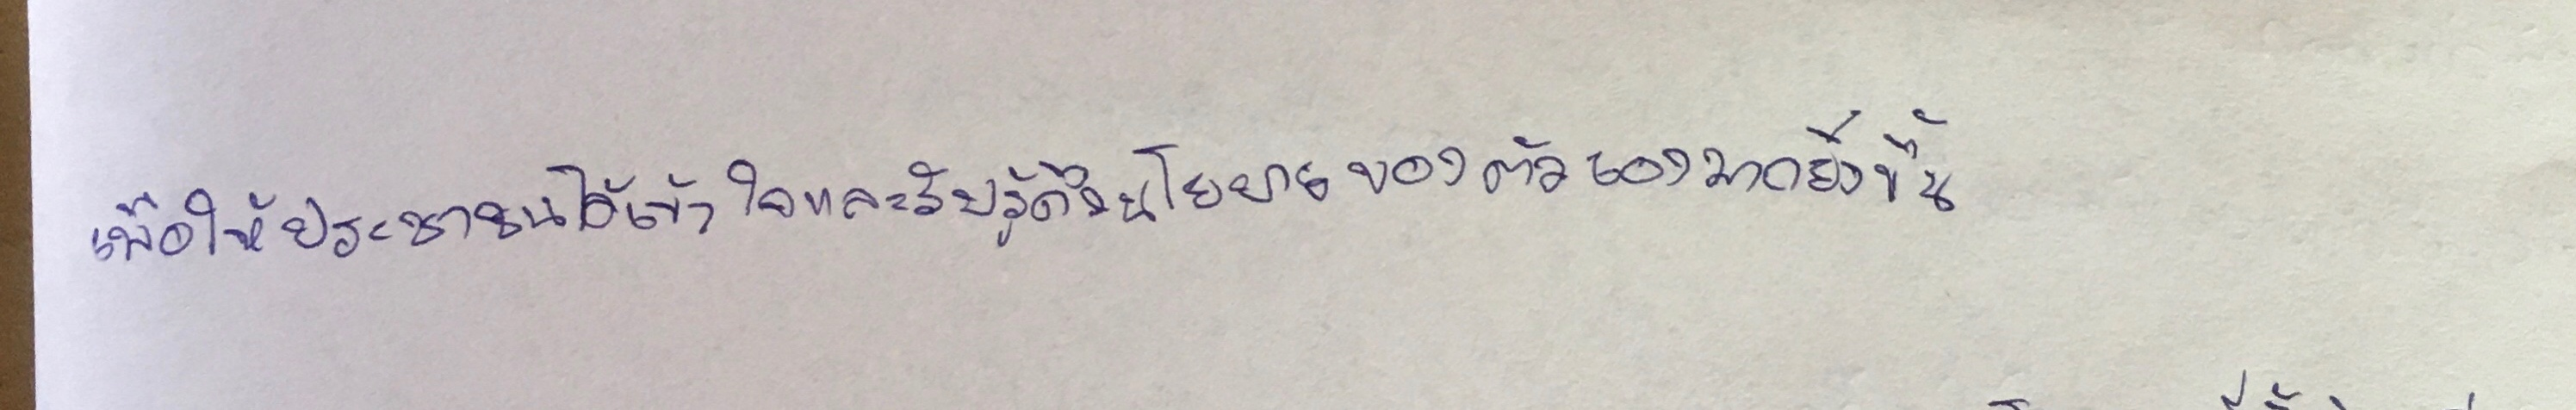
เพื่อให้ประชาชนได้เข้าใจและรับรู้ถึงนโยบายของตัวเองมากยิ่งขึ้น